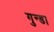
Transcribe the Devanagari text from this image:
गुन्डा